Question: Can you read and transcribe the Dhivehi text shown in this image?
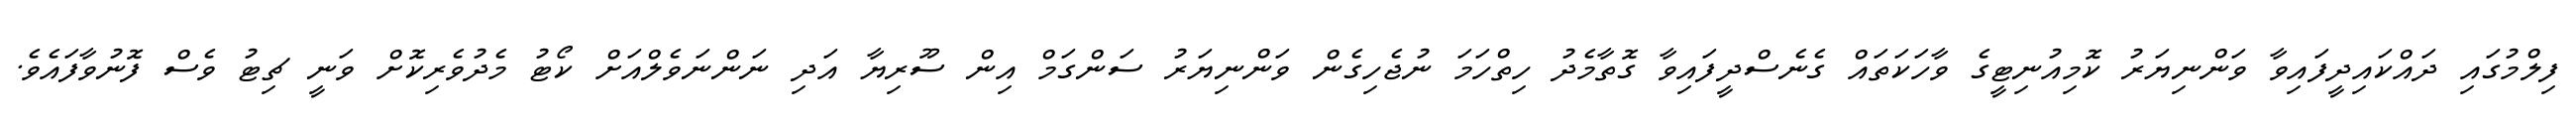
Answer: ފިލްމުގައި ދައްކައިދީފައިވާ ވަންނިޔަރު ކޮމިއުނިޓީގެ ވާހަކަތައް ގެނެސްދީފައިވާ ގޮތާމެދު ހިތްހަމަ ނުޖެހިގެން ވަންނިޔަރު ސަންގަމް އިން ސޫރިޔާ އަދި ނަންނަވެލްއަށް ކޯޓު މެދުވެރިކޮށް ވަނީ ޗިޓު ވެސް ފޮނުވާފައެވެ.